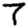
Digit: 7